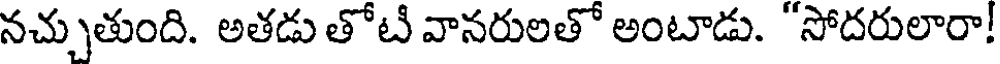
నచ్చుతుంది. అతడు తోటి వానరులతో అంటాడు. "సోదరులారా!